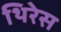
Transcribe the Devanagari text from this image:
थिरेस